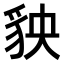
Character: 𧲱